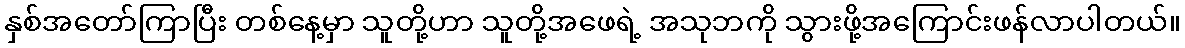
နှစ်အတော်ကြာပြီး တစ်နေ့မှာ သူတို့ဟာ သူတို့အဖေရဲ့ အသုဘကို သွားဖို့အကြောင်းဖန်လာပါတယ်။